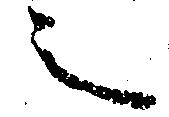
之